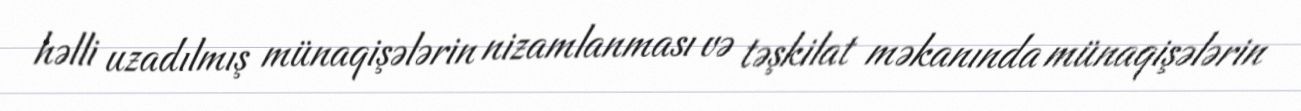
həlli uzadılmış münaqişələrin nizamlanması və təşkilat məkanında münaqişələrin